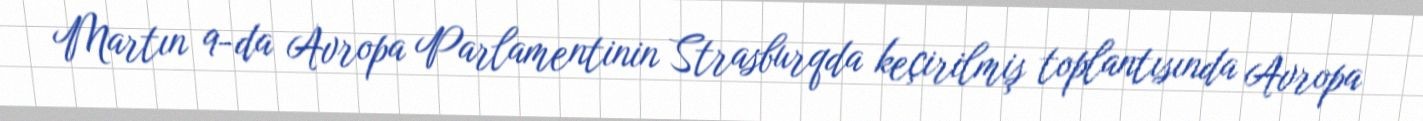
Martın 9-da Avropa Parlamentinin Strasburqda keçirilmiş toplantısında Avropa